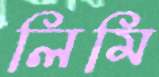
লিমি